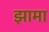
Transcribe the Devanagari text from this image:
झामा